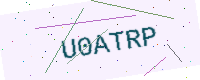
Text: U0ATRP